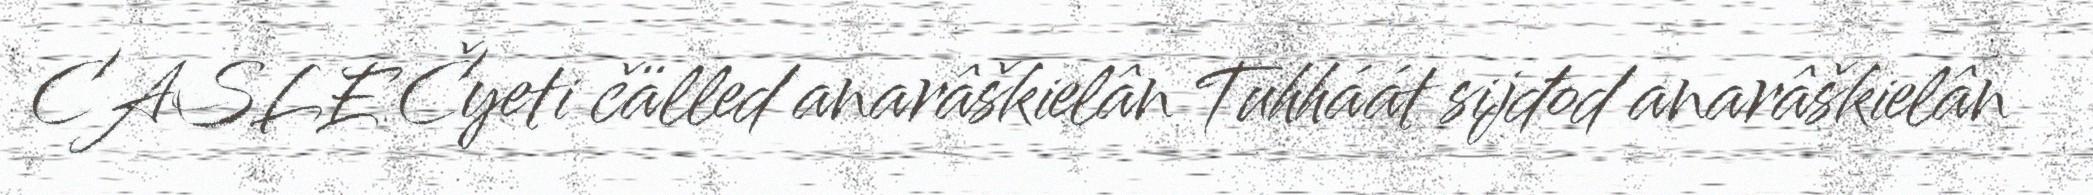
CASLE Čyeti čälled anarâškielân Tuhháát sijđod anarâškielân